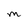
Character: M